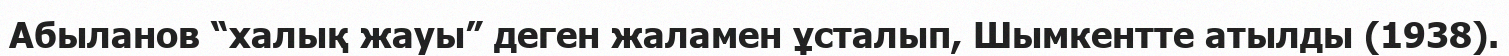
Абыланов “халық жауы” деген жаламен ұсталып, Шымкентте атылды (1938).